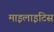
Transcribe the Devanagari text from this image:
माइलाइटिस